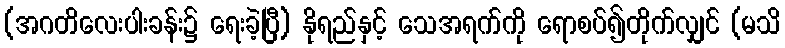
(အဂတိလေးပါးခန်း၌ ရေးခဲ့ပြီ) နိုရည်နှင့် သေအရက်ကို ရောစပ်၍တိုက်လျှင် (မသိ